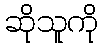
ဆိုသူကို